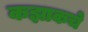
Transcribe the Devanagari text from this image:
कझाकचे